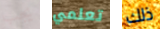
يجب تعلمي ذلك